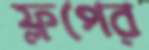
ফ্লপের